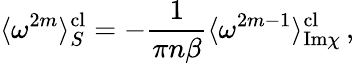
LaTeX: \langle\omega^{2m}\rangle_{S}^{\mathrm{cl}}=-\frac{1}{\pi{n}\beta}\langle\omega^{2m-1}\rangle_{\mathrm{Im}\chi}^{\mathrm{cl}}\, ,